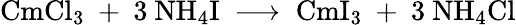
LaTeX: \mathrm{CmCl_{3}\ +\ 3\ NH_{4}I\ \longrightarrow\ CmI_{3}\ +\ 3\ NH_{4}Cl}